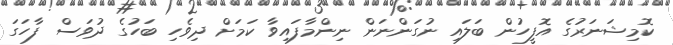
ކޮމިޝަނަރުގެ އޮފީހުން ބަލައި ނުގަންނަން ނިންމާފައިވާ ކަމަށް ދިވެހި ބަހުގެ ދުވަސް ފާހަގަ